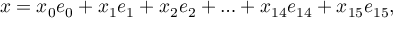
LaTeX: x = x _ { 0 } e _ { 0 } + x _ { 1 } e _ { 1 } + x _ { 2 } e _ { 2 } + \ldots + x _ { 1 4 } e _ { 1 4 } + x _ { 1 5 } e _ { 1 5 } ,